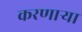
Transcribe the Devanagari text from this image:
करणार्‍या